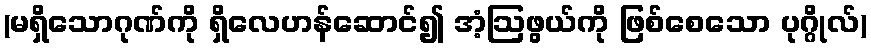
(မရှိသောဂုဏ်ကို ရှိလေဟန်ဆောင်၍ အံ့ဩဖွယ်ကို ဖြစ်စေသော ပုဂ္ဂိုလ်)